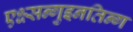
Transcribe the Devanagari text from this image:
एक्ष्सन्गुइनतिन्ग